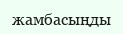
жамбасыңды